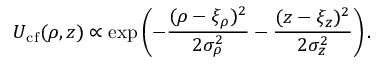
U _ { \mathrm { c f } } ( \boldsymbol { \rho } , z ) \propto \exp \left( - \frac { ( \boldsymbol { \rho } - \xi _ { \rho } ) ^ { 2 } } { 2 \sigma _ { \rho } ^ { 2 } } - \frac { ( z - \xi _ { z } ) ^ { 2 } } { 2 \sigma _ { z } ^ { 2 } } \right) .